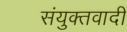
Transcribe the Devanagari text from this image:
संयुक्तवादी